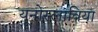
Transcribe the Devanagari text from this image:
यूनोस्लाविया